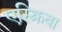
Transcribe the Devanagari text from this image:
एस्क्रिबा